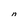
Character: n